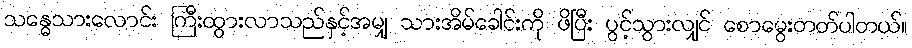
သန္ဓေသားလောင်း ကြီးထွားလာသည်နှင့်အမျှ သားအိမ်ခေါင်းကို ဖိပြီး ပွင့်သွားလျှင် စောမွေးတတ်ပါတယ်။